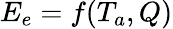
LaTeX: E_{e}=f(T_{a},Q)